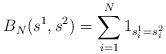
LaTeX: \begin{align*} B_N(s^1, s^2)=\sum_{i=1}^N1_{s^1_i=s^2_i}\end{align*}